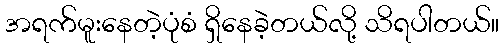
အရက်မူးနေတဲ့ပုံစံ ရှိနေခဲ့တယ်လို့ သိရပါတယ်။